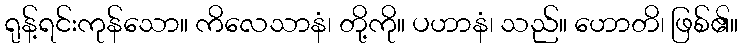
ရုန့်ရင်းကုန်သော။ ကိလေသာနံ၊ တို့ကို။ ပဟာနံ၊ သည်။ ဟောတိ၊ ဖြစ်၏။